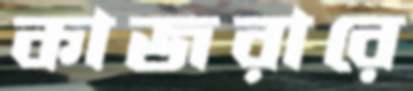
কাজরারে